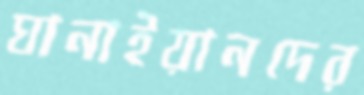
ঘানাইয়ানদের